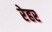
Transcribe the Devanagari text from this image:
रेहर